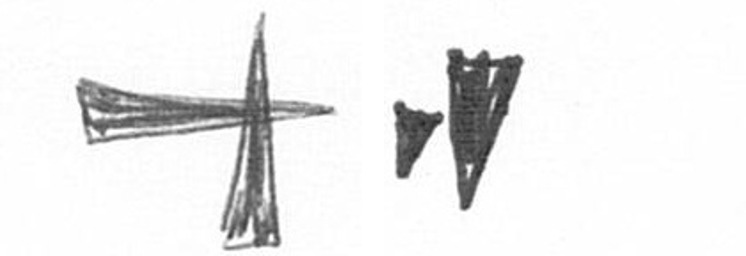
G M